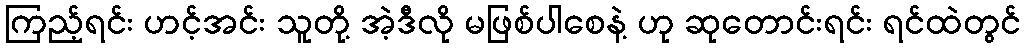
ကြည့်ရင်း ဟင့်အင်း သူတို့ အဲ့ဒီလို မဖြစ်ပါစေနဲ့ ဟု ဆုတောင်းရင်း ရင်ထဲတွင်